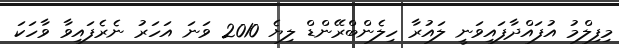
މިފިލްމު އުފައްދާފައިވަނީ ލައުރާ ހިލެންބްރޭންޑް ލިޔެ 2010 ވަނަ އަހަރު ނެރެފައިވާ ވާހަކަ